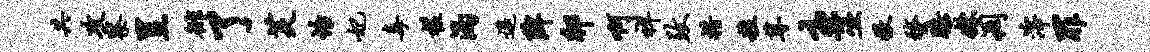
共攻察呈徘了芙怡妃毒槎渴遥陴卯啊祥致措粒尊主巫撒蝥膝姝凋滓罪